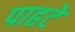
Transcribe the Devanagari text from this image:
पाहटे